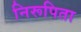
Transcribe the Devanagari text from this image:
निरूपिता